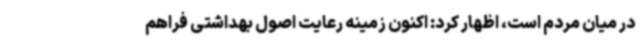
در میان مردم است، اظهار کرد: اکنون زمینه رعایت اصول بهداشتی فراهم